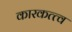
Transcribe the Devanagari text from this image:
कारकत्त्व